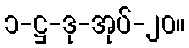
၁-ဋ္ဌ-ဒု-အုပ်-၂၀။